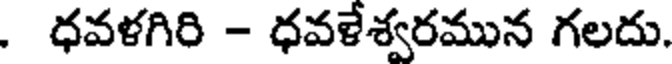
. ధవళగిరి - ధవళేశ్వరమున గలదు.